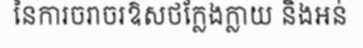
នៃការចរាចរឱសថក្លែងក្លាយ និងអន់